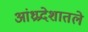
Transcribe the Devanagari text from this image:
आंध्रप्रदेशातले